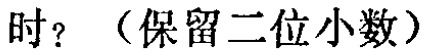
时？（保留二位小数）